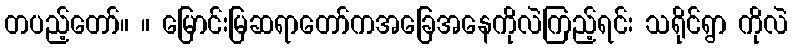
တပည့်တော်။ ။ မြောင်းမြဆရာတော်ကအခြေအနေကိုလဲကြည့်ရင်း သရိုင်ရွာ ကိုလဲ